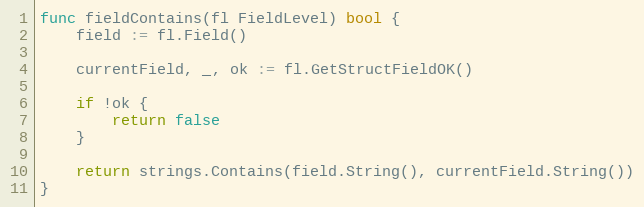
Language: Go
func fieldContains(fl FieldLevel) bool {
	field := fl.Field()

	currentField, _, ok := fl.GetStructFieldOK()

	if !ok {
		return false
	}

	return strings.Contains(field.String(), currentField.String())
}